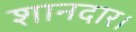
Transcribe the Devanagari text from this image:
शानदार।